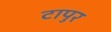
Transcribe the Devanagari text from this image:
टापुर